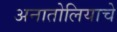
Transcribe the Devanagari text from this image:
अनातोलियाचे